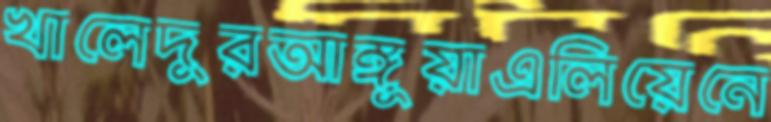
খালেদুরআঙ্গুয়াএলিয়েনে